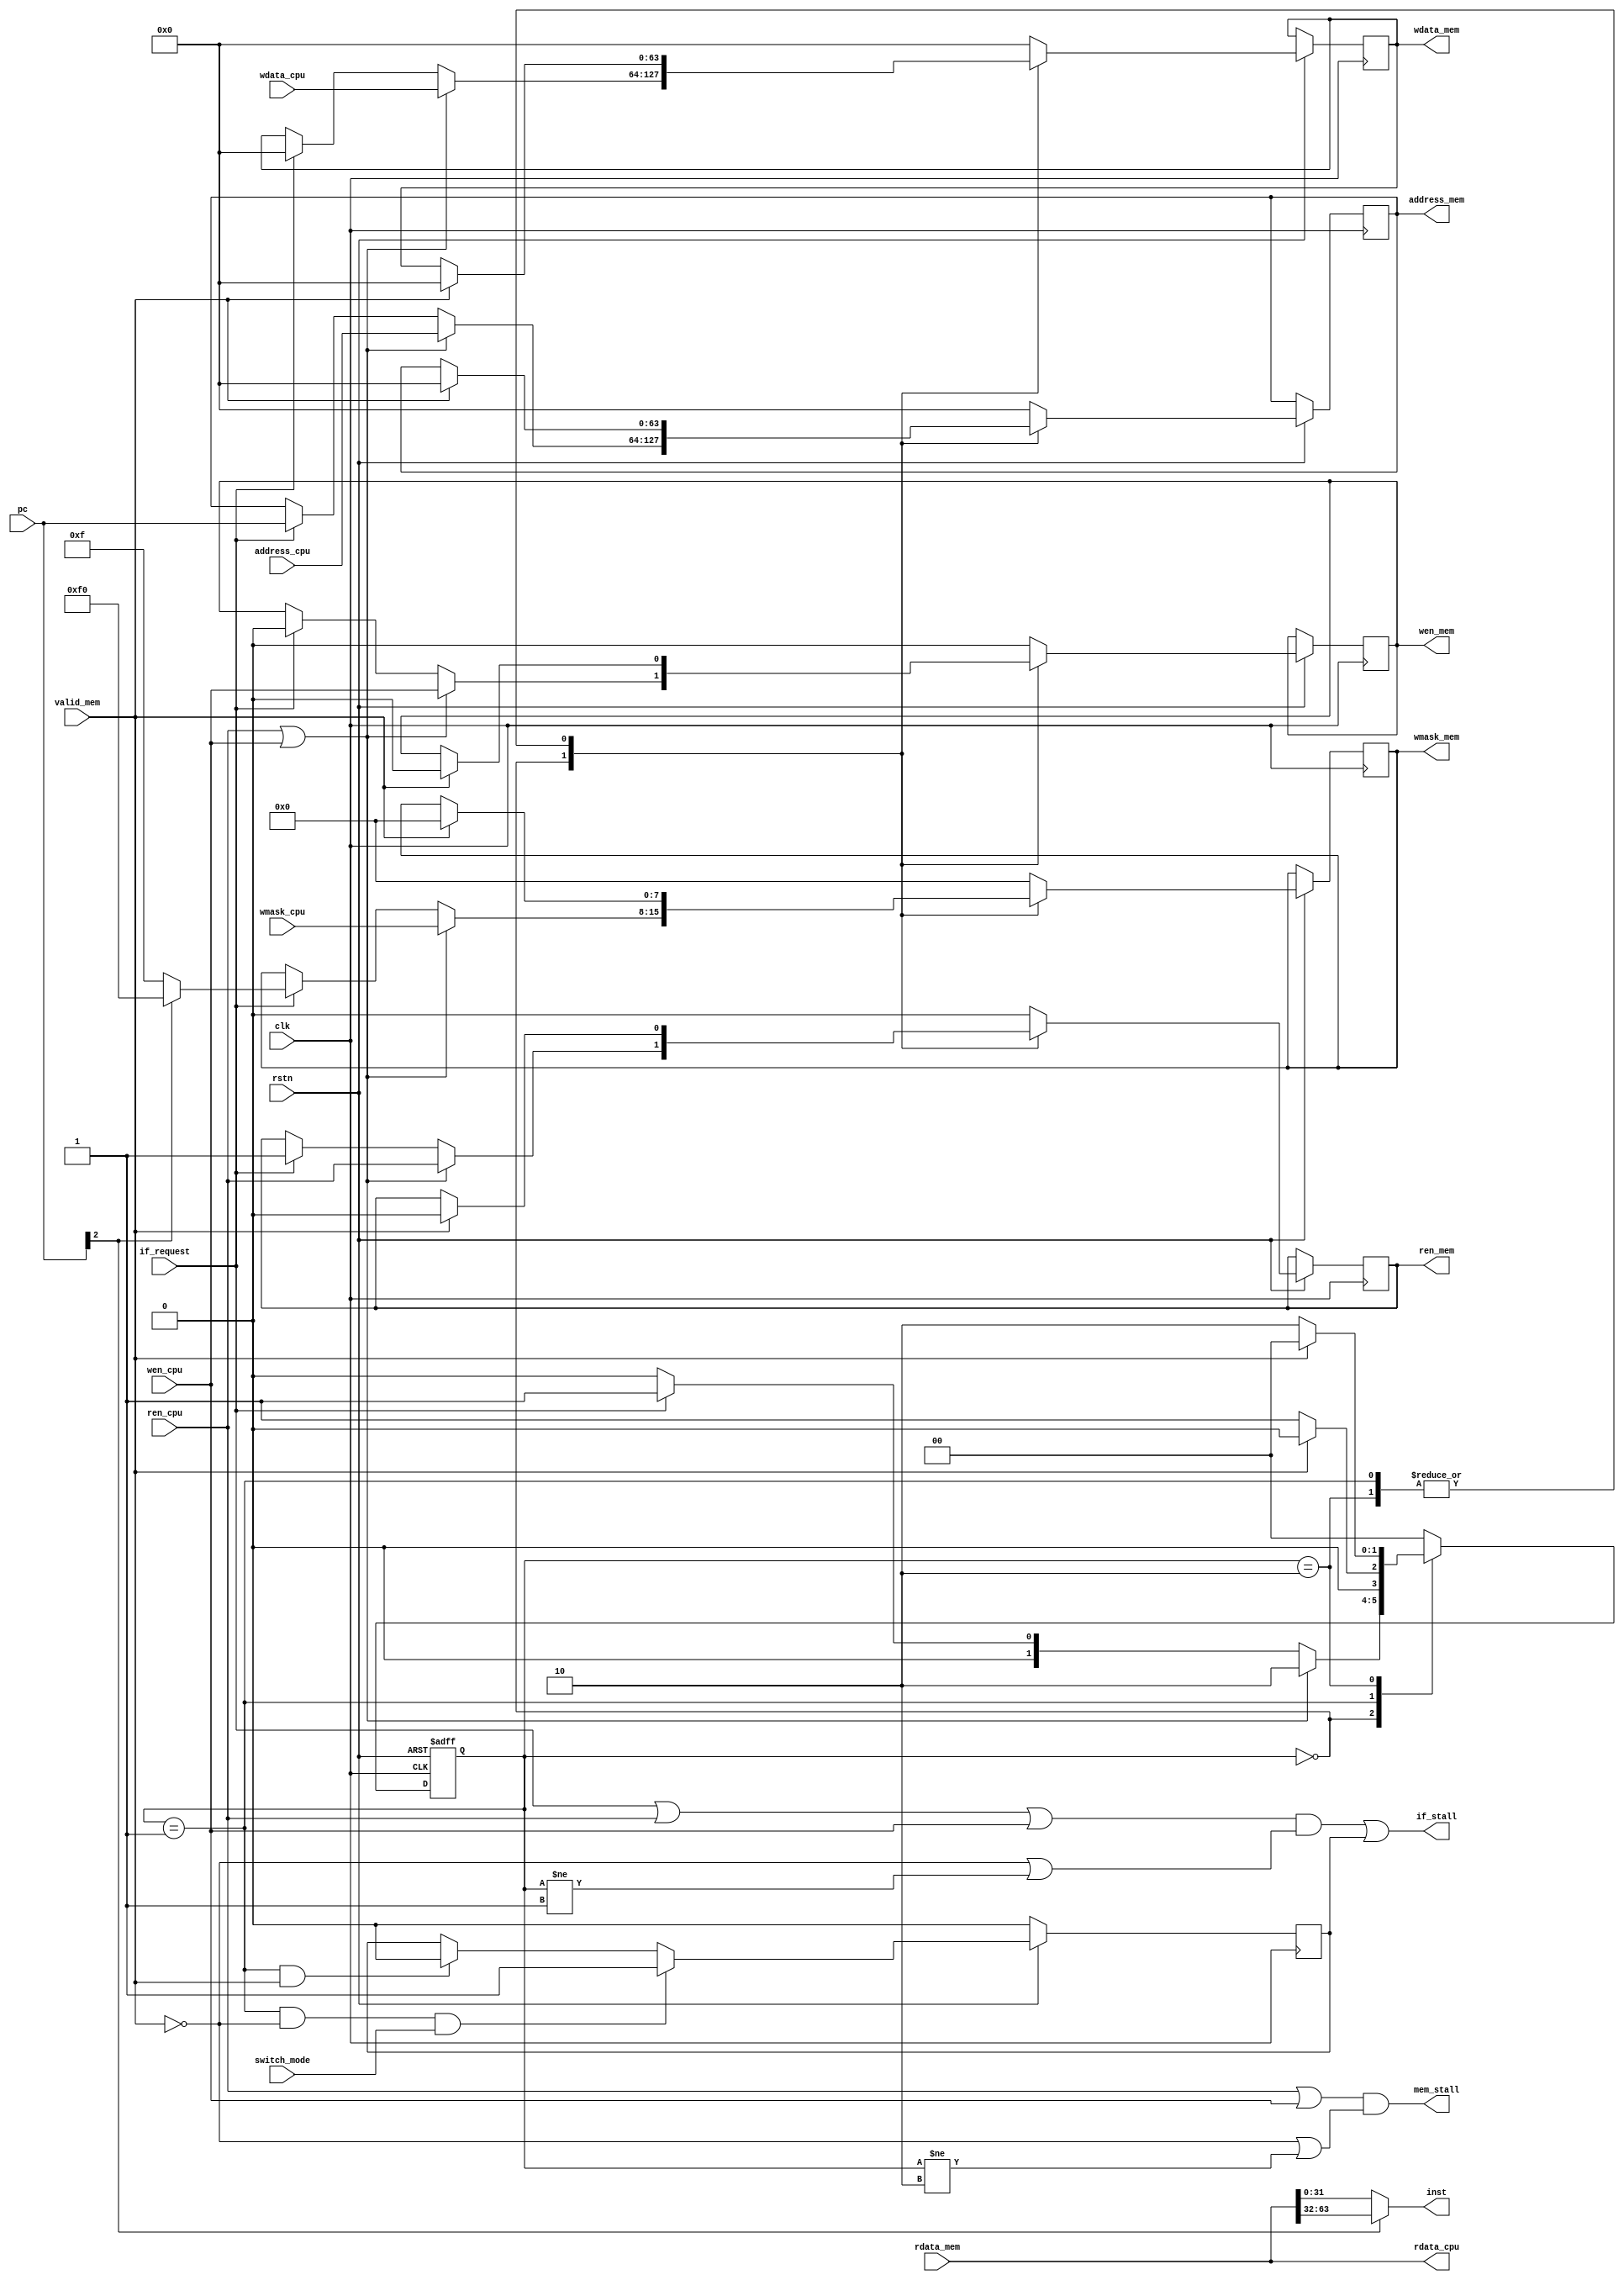
module Core2Mem_FSM (
    input wire clk,
    input wire rstn,
    input wire [63:0] pc,
    input wire if_request,
    input wire switch_mode,
    input wire [63:0] address_cpu,
    input wire wen_cpu,
    input wire ren_cpu,
    input wire [63:0] wdata_cpu,
    input wire [7:0] wmask_cpu,
    output [31:0] inst,
    output [63:0] rdata_cpu,
    output if_stall,
    output mem_stall,

    output reg [63:0] address_mem,
    output reg ren_mem,
    output reg wen_mem,
    output reg [7:0] wmask_mem,
    output reg [63:0] wdata_mem,
    input wire [63:0] rdata_mem,
    input wire valid_mem
);

    reg switch_flush;

    //assign if_stall=(state==INST)&~valid_mem|(state!=INST)&if_request|switch_flush;
    
    //
`define IDLEFSM 2'b00
`define INST 2'b01
`define DATA 2'b10

    reg [1:0] state;

    initial begin
        state = 0;
    end

    always @(posedge clk or negedge rstn) begin
        if (rstn == 0) begin
            state <= 0;
        end else begin
            case(state) 
                `IDLEFSM: begin
                    if (ren_cpu || wen_cpu) begin
                        state <= `DATA;
                        address_mem <= address_cpu;
                        ren_mem <= ren_cpu;
                        wen_mem <= wen_cpu;
                        wmask_mem <= wmask_cpu;
                        wdata_mem <= wdata_cpu;
                    end else if (if_request == 1) begin
                        state <= `INST;
                        address_mem <= pc;
                        ren_mem <= 1;
                        wen_mem <= 0;
                        wmask_mem <= pc[2] ? 8'hF0 : 8'h0F;
                        wdata_mem <= 0;
                    end else begin
                        state <= `IDLEFSM;
                    end
                end
                `INST: begin
                    if (valid_mem) begin 
                        state <= `IDLEFSM;
                        ren_mem <= 0;
                        wen_mem <= 0;
                        address_mem <= 0;
                        wmask_mem <= 0;
                        wdata_mem <= 0;
                    end else begin
                        state <= `INST;
                    end
                end
                `DATA: begin
                    if (valid_mem) begin
                        state <= `IDLEFSM;
                        ren_mem <= 0;
                        wen_mem <= 0;
                        address_mem <= 0;
                        wmask_mem <= 0;
                        wdata_mem <= 0;
                    end else begin
                        state <= `DATA;
                    end
                end
                default: begin
                    state <= `IDLEFSM;
                    ren_mem <= 0;
                    wen_mem <= 0;
                    address_mem <= 0;
                    wmask_mem <= 0;
                    wdata_mem <= 0;
                end
            endcase
        end
    end

    always @(posedge clk) begin
        if (~rstn) begin
            switch_flush <= 1'b0;
        end else if (state == `INST && ~valid_mem && switch_mode) begin
            switch_flush <= 1'b1;
        end else if (state == `INST && valid_mem) begin
            switch_flush <= 1'b0;
        end
    end

    assign if_stall = ((if_request | ren_cpu | wen_cpu) & (~valid_mem | state != 2'b01)) | switch_flush;
    assign mem_stall = (ren_cpu | wen_cpu) & (~valid_mem | state != 2'b10);
    assign inst = pc[2] ? rdata_mem[63:32] : rdata_mem[31:0];
    assign rdata_cpu = rdata_mem;
    
endmodule